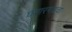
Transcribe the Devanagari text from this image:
घागरगडचा